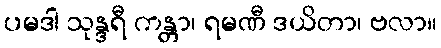
ပမဒါ သုန္ဒရီ ကန္တာ၊ ရမဏီ ဒယိတာ၊ ဗလာ။